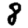
Digit: 8